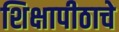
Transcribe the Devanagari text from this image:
शिक्षापीठाचे